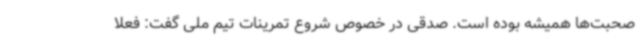
صحبت‌ها همیشه بوده است. صدقی در خصوص شروع تمرینات تیم ملی گفت: فعلا